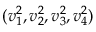
( v _ { 1 } ^ { 2 } , v _ { 2 } ^ { 2 } , v _ { 3 } ^ { 2 } , v _ { 4 } ^ { 2 } )